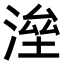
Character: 𣸫